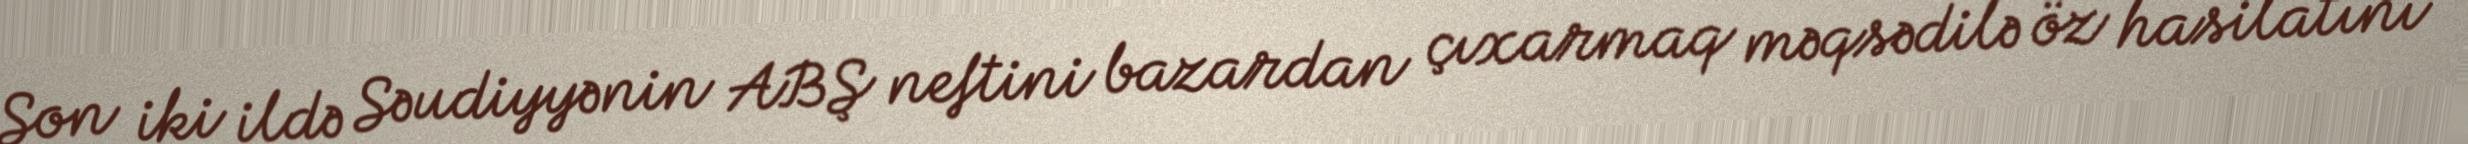
Son iki ildə Səudiyyənin ABŞ neftini bazardan çıxarmaq məqsədilə öz hasilatını